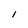
Character: l